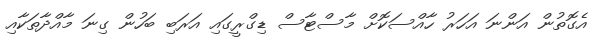
އެގޮތުން އަންނަ އަހަރު ހާއްސަކޮށް މާސްޓާސް ޑިގްރީގައި އަރަބި ބަހުން ގިނަ މާއްދާތަކާއި